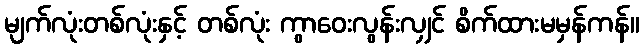
မျက်လုံးတစ်လုံးနှင့် တစ်လုံး ကွာဝေးလွန်းလျှင် စိက်ထားမမှန်ကန်။